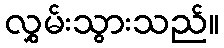
လွှမ်းသွားသည်။